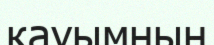
қауымның